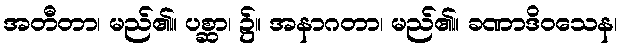
အတီတာ၊ မည်၏။ ပစ္ဆာ၊ ၌။ အနာဂတာ၊ မည်၏။ ခဏာဒိဝသေန၊